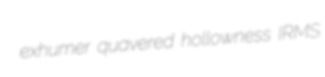
exhumer quavered hollowness IRMS